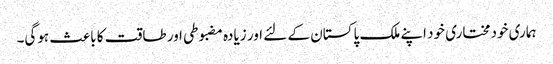
ہماری خودمختاری خود اپنے ملک پاکستان کے لئے اور زیادہ مضبوطی اور طاقت کا باعث ہوگی۔